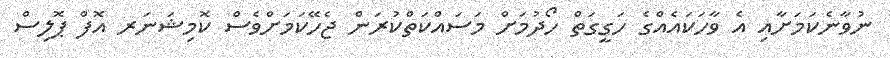
ނުވާނެކަމަށާއި އެ ވާހަކައެއްގެ ހަގީގަތް ހޯދުމަށް މަސައްކަތްކުރަން ޖެހޭކަމަށްވެސް ކޮމިޝަނަރ އޮފް ޕޮލިސް